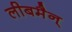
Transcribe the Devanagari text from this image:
लीबमैन्